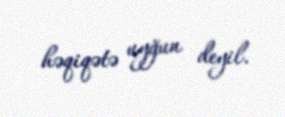
həqiqətə uyğun deyil.